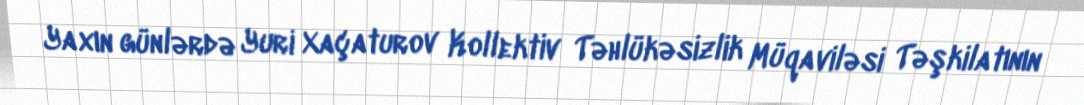
Yaxın günlərdə Yuri Xaçaturov Kollektiv Təhlükəsizlik Müqaviləsi Təşkilatının